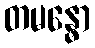
တမန္ဓော